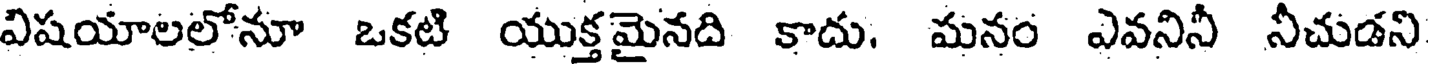
విషయాలలోనూ ఒకటి యుక్తమైనది కాదు. మనం ఎవనినీ నీచుడని